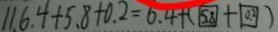
1 1 . 6 . 4 + 5 . 8 + 0 . 2 = 6 . 4 + ( \boxed { 4 . 8 } + \boxed { 0 . 2 } )